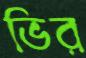
ভির